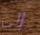
إلى